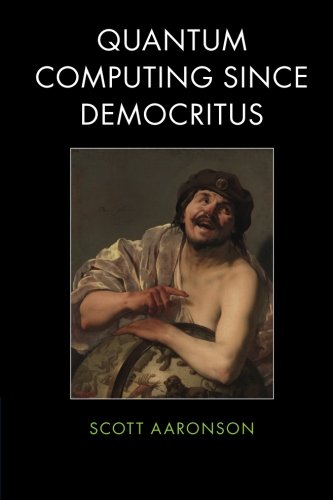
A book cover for Quantum Computing since Democritus; Scott Aaronson; Science & Math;